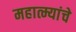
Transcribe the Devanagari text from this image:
महात्म्यांचे